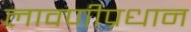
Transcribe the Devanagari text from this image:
लावणीप्रधान